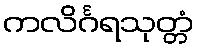
ကလိင်္ဂရသုတ္တံ